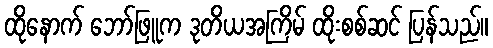
ထိုနောက် ဘော်ဖြူက ဒုတိယအကြိမ် ထိုးစစ်ဆင် ပြန်သည်။